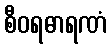
စီဝရဓာရဏံ